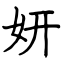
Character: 妍